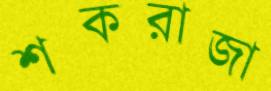
শকরাজা